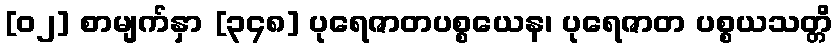
[၀၂] စာမျက်နှာ [၃၄၈] ပုရေဇာတပစ္စယေန၊ ပုရေဇာတ ပစ္စယသတ္တိ